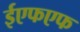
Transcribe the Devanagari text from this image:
ईएफएफ